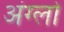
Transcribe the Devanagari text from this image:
अंग्लो